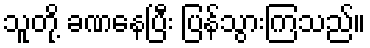
သူတို့ ခဏနေပြီး ပြန်သွားကြသည်။